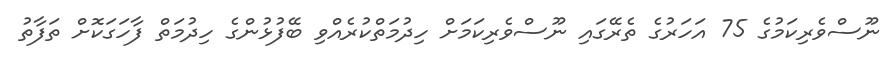
ނޫސްވެރިކަމުގެ 75 އަހަރުގެ ތެރޭގައި ނޫސްވެރިކަމަށް ހިދުމަތްކުރެއްވި ބޭފުޅުންގެ ހިދުމަތް ފާހަގަކޮށް ތަފާތު